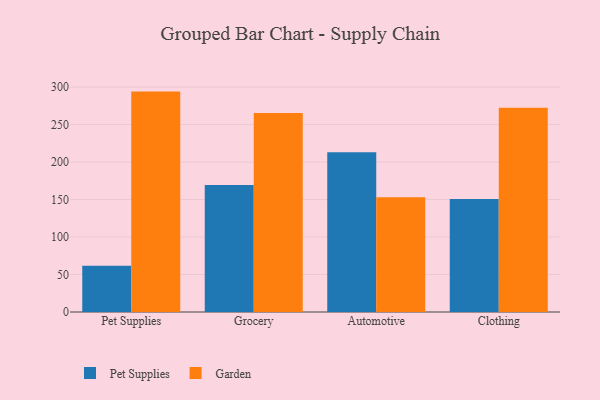
{"axis": {"x": "Category", "y": "Shipments"}, "legend": ["Garden", "Pet Supplies"], "data": [{"x": "Pet Supplies", "y": 61.7, "type": "Pet Supplies"}, {"x": "Pet Supplies", "y": 294.0, "type": "Garden"}, {"x": "Grocery", "y": 169.5, "type": "Pet Supplies"}, {"x": "Grocery", "y": 265.6, "type": "Garden"}, {"x": "Automotive", "y": 213.0, "type": "Pet Supplies"}, {"x": "Automotive", "y": 153.2, "type": "Garden"}, {"x": "Clothing", "y": 150.9, "type": "Pet Supplies"}, {"x": "Clothing", "y": 272.6, "type": "Garden"}]}